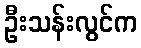
ဦးသန်းလွင်က